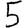
Digit: 5